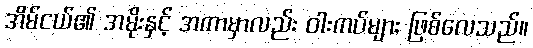
အိမ်ငယ်၏ အမိုးနှင့် အကာမှာလည်း ဝါးကပ်များ ဖြစ်လေသည်။